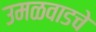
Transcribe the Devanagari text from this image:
उमळवाडचे